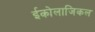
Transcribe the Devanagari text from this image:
ईकोलाजिकल